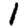
Digit: 1